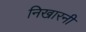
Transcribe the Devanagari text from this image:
निखारनी